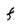
Character: f